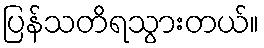
ပြန်သတိရသွားတယ်။